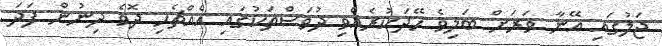
ޖަލުގައި އޭނާ ވަރަށް ބަލިވެ ހޭދަކުރެއްވި ދުވަސްތަކުގައި އެއްޗެހި ދޮވެ ދިނުން ފަދަ